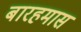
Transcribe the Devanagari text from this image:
बारहमास